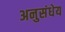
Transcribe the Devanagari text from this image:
अनुसंधेय